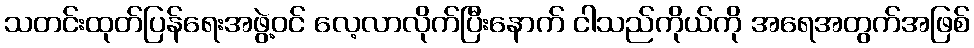
သတင်းထုတ်ပြန်ရေးအဖွဲ့ဝင် လေ့လာလိုက်ပြီးနောက် ငါသည်ကိုယ်ကို အရေအတွက်အဖြစ်